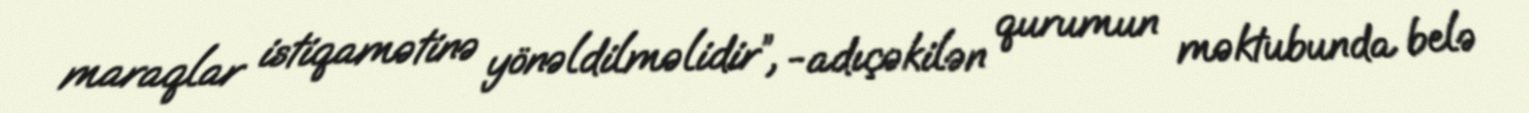
maraqlar istiqamətinə yönəldilməlidir”, -adıçəkilən qurumun məktubunda belə